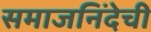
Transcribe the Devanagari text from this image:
समाजनिंदेची